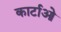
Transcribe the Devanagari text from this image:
कार्टाओ